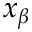
x _ { \beta }